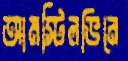
আমস্টিলভিনে